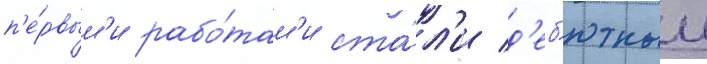
п'е́рвым'и рабо́там'и ста́л'и д'еб'ютныи